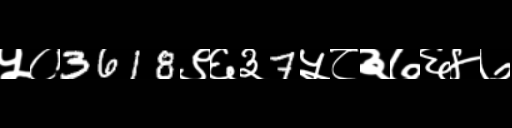
Text: ५०3618९६३7५८३७६४७